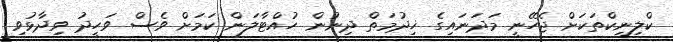
ކްލިނިކްތަކަށް ޖެހޭނީ މަދަނައިގެ ޚިދުމަތް ދިނުން ހުއްޓާލަން ކަމަށް ވެސް ވަހީދު ވިދާޅުވި